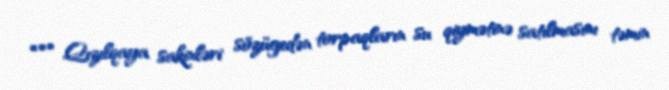
*** Qızılqaya sakinləri sözügedən torpaqların su qiymətinə satılmasını təmin